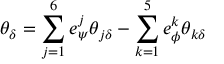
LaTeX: \theta _ { \delta } = \sum _ { j = 1 } ^ { 6 } e _ { \psi } ^ { j } \theta _ { j \delta } - \sum _ { k = 1 } ^ { 5 } e _ { \phi } ^ { k } \theta _ { k \delta }